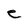
Character: e